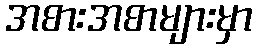
အစားအစာများမှာ